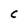
Character: C